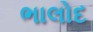
ભાલોદ